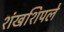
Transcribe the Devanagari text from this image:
शंखशिपले